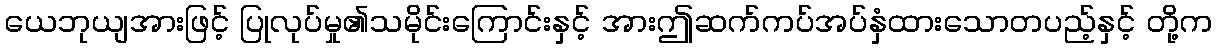
ယေဘုယျအားဖြင့် ပြုလုပ်မှု၏သမိုင်းကြောင်းနှင့် အားဤဆက်ကပ်အပ်နှံထားသောတပည့်နှင့် တို့က